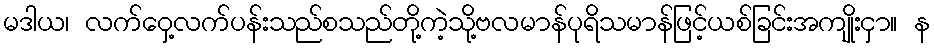
မဒါယ၊ လက်ဝှေ့လက်ပန်းသည်စသည်တို့ကဲ့သို့ဗလမာန်ပုရိသမာန်ဖြင့်ယစ်ခြင်းအကျိုးငှာ။ န